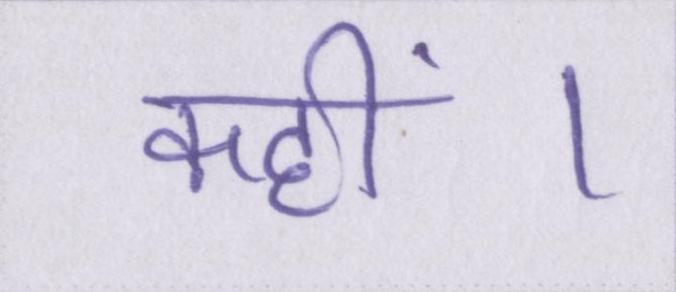
कहीं।